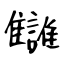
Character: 讎